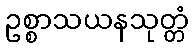
ဥစ္စာသယနသုတ္တံ